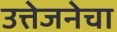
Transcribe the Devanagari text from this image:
उत्तेजनेचा